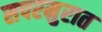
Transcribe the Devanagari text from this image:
सपरमुरात